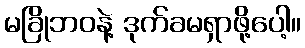
မခြိုဘဝနဲ့ ဒုက်ခမရှာဖို့ပေါ့။